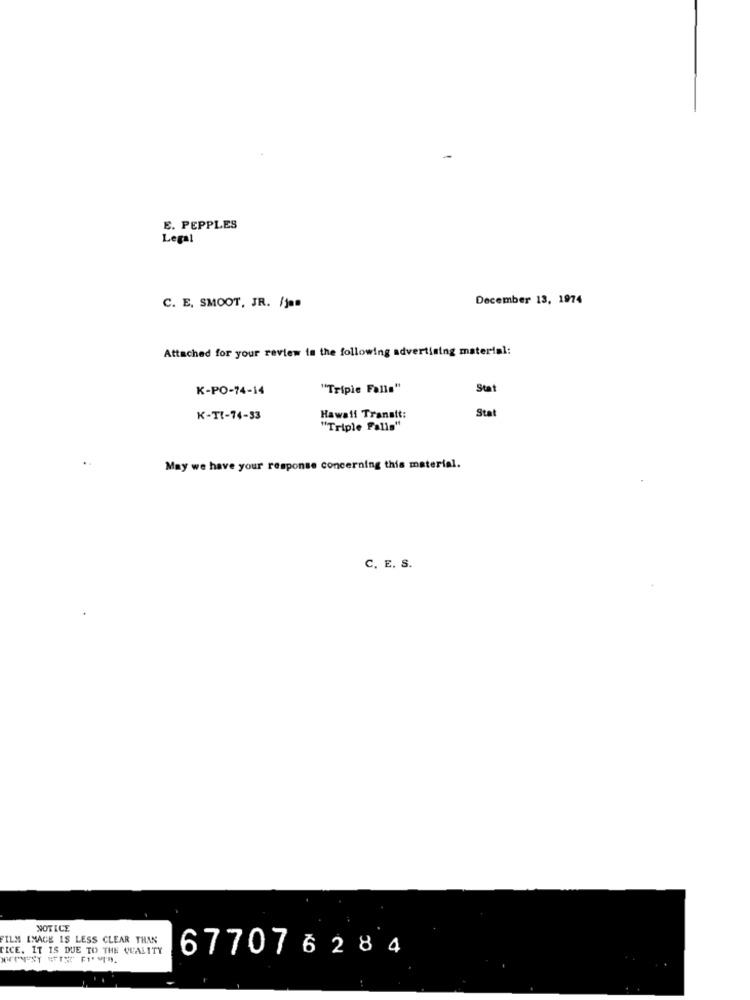
E. PEPPLES
Legal
December 13, 1974
C. E. SMOOT, JR. /jem
Attached for your review in the following advertising material:
K-PO-74-14
"Triple Falls"
Stat
K-TI-74-33
Hawaii Transit:
Stat
"Triple Falls"
May we have your response concerning this material.
C. E. S.
NOTICE
FILM IMAGE IS LESS CLEAR THAN
TICE. IT IS DUE TO THE QUALITY
677076284